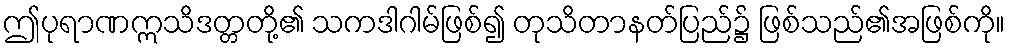
ဤပုရာဏဣသိဒတ္တတို့၏ သကဒါဂါမ်ဖြစ်၍ တုသိတာနတ်ပြည်၌ ဖြစ်သည်၏အဖြစ်ကို။